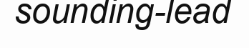
sounding-lead